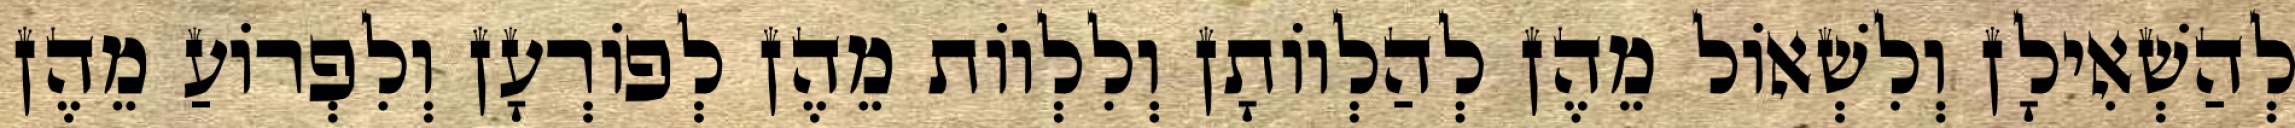
לְהַשְׁאִילָן וְלִשְׁאוֹל מֵהֶן לְהַלְווֹתָן וְלִלְווֹת מֵהֶן לְפוֹרְעָן וְלִפְרוֹעַ מֵהֶן